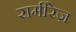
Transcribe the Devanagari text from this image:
रामीरेज़